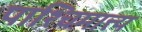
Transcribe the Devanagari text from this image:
पाश्चिमात्त्य